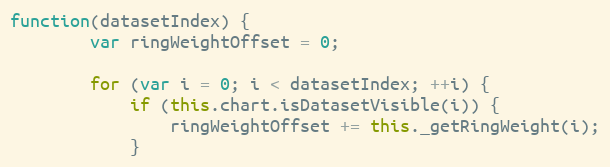
Language: JavaScript
function(datasetIndex) {
		var ringWeightOffset = 0;

		for (var i = 0; i < datasetIndex; ++i) {
			if (this.chart.isDatasetVisible(i)) {
				ringWeightOffset += this._getRingWeight(i);
			}